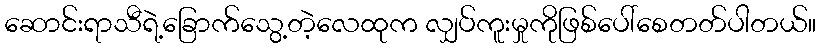
ဆောင်းရာသီရဲ့ခြောက်သွေ့တဲ့လေထုက လျှပ်ကူးမှုကိုဖြစ်ပေါ်စေတတ်ပါတယ်။